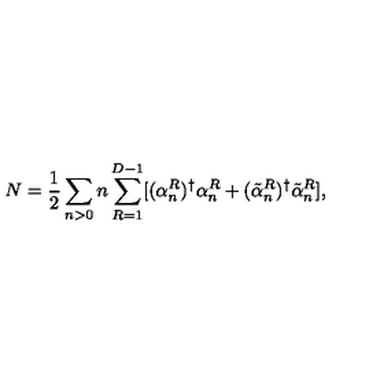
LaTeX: N = \frac { 1 } { 2 } \sum _ { n > 0 } n \sum _ { R = 1 } ^ { D - 1 } [ ( \alpha _ { n } ^ { R } ) ^ { \dag } \alpha _ { n } ^ { R } + ( \tilde { \alpha } _ { n } ^ { R } ) ^ { \dag } \tilde { \alpha } _ { n } ^ { R } ] ,